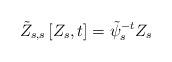
LaTeX: \begin{align*}\tilde{Z}_{s,s} \left[ Z_s,t \right] = \tilde{\psi}_s^{-t} Z_s\end{align*}